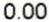
0.00